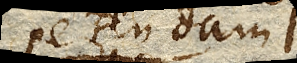
petendam